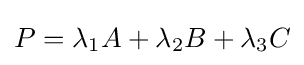
P=\lambda _{1}A+\lambda _{2}B+\lambda _{3}C